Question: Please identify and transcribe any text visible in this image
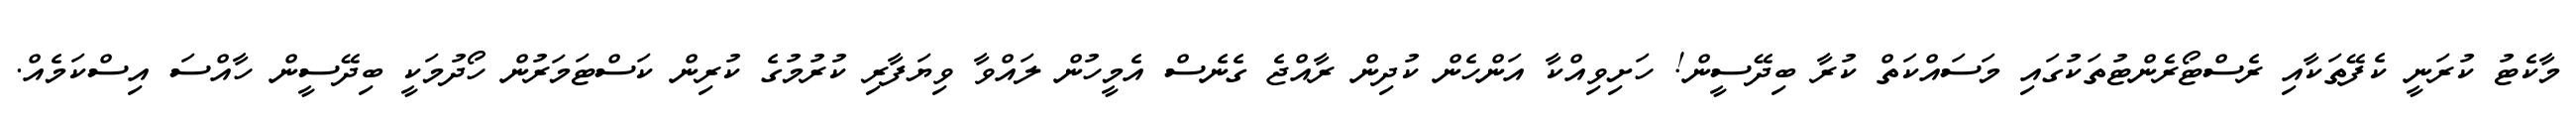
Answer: މާކެޓު ކުރަނީ ކެފޭތަކާއި ރެސްޓޯރެންޓުތަކުގައި މަސައްކަތް ކުރާ ބިދޭސީން! ހަށިވިއްކާ އަންހެން ކުދިން ރާއްޖެ ގެނެސް އެމީހުން ލައްވާ ވިޔަފާރި ކުރުމުގެ ކުރިން ކަސްޓަމަރުން ހޯދުމަކީ ބިދޭސީން ހާއްސަ އިސްކަމެއް.